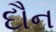
દૌન